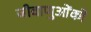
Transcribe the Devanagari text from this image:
जीवाणुओंको